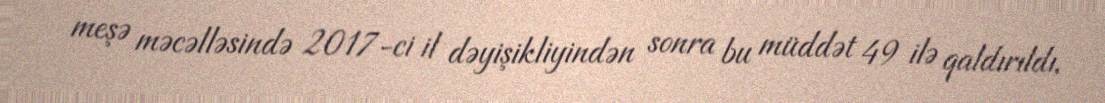
meşə məcəlləsində 2017-ci il dəyişikliyindən sonra bu müddət 49 ilə qaldırıldı,